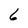
Character: 6